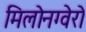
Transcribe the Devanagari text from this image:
मिलोनग्वेरो